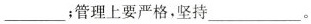
___；管理上要严格，坚持___。